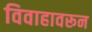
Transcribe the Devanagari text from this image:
विवाहावरून